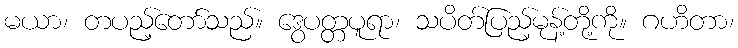
မယာ၊ တပည့်တော်သည်။ ဒွေပတ္တပူရာ၊ သပိတ်ပြည့်မုန့်တို့ကို။ ဂဟိတာ၊